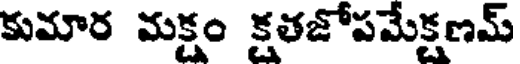
కుమార మక్షం క్షతజోపమేక్షణమ్